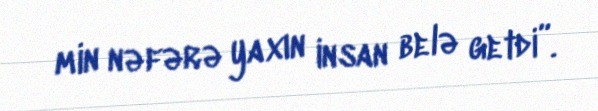
min nəfərə yaxın insan belə getdi”.